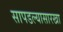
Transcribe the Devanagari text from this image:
सापडल्यासारखा